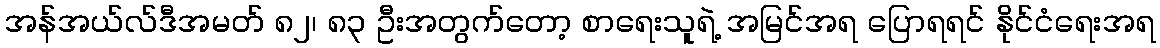
အန်အယ်လ်ဒီအမတ် ၈၂၊ ၈၃ ဦးအတွက်တော့ စာရေးသူရဲ့ အမြင်အရ ပြောရရင် နိုင်ငံရေးအရ